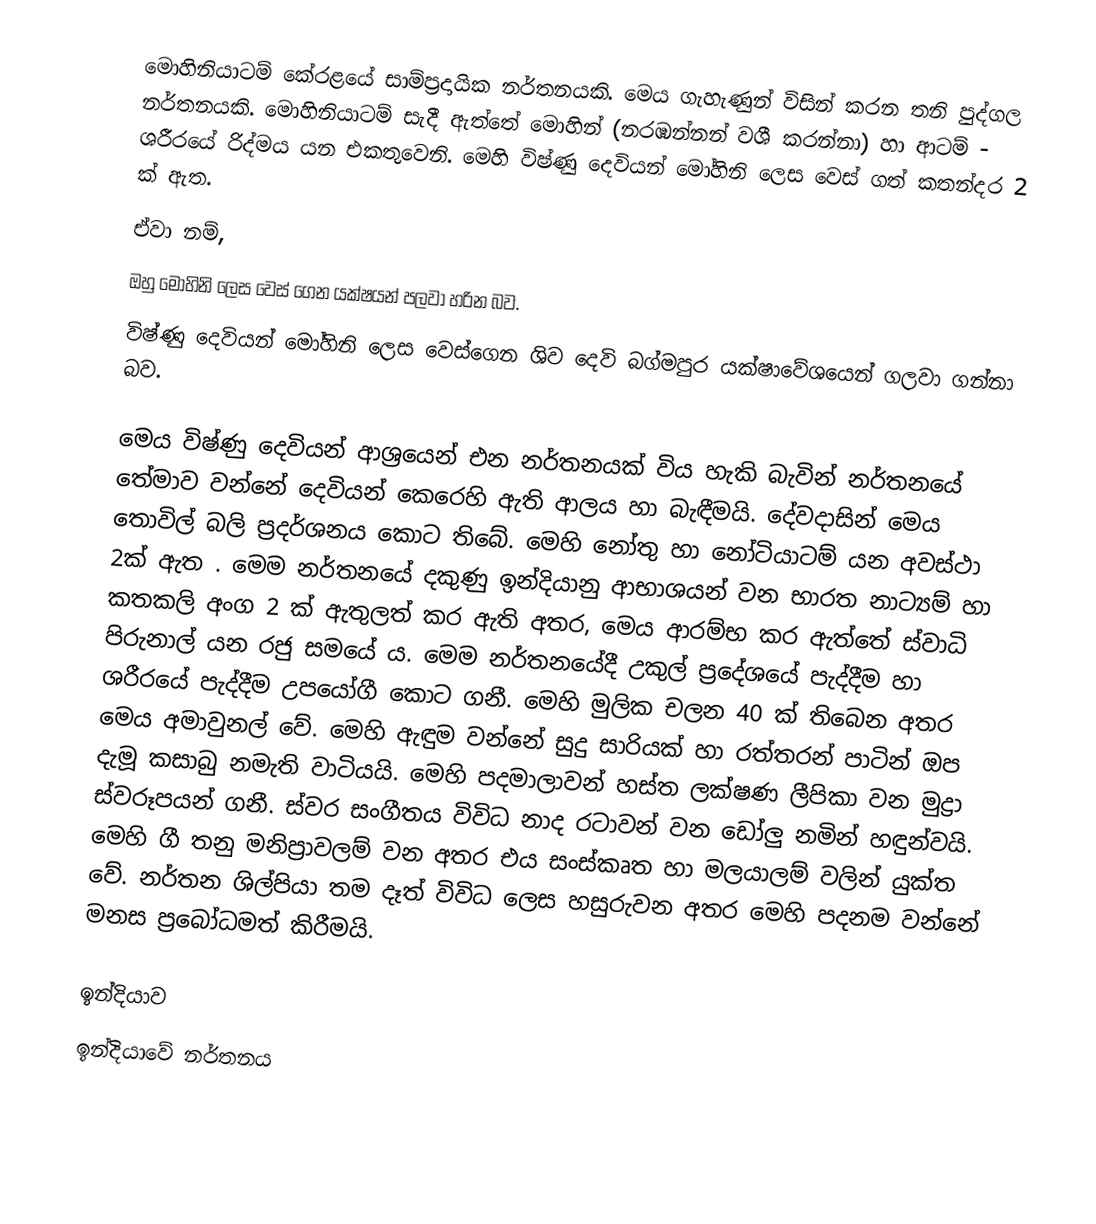
මොහිනියාටම් කේරළයේ සාම්ප්‍රදායික නර්තනයකි. මෙය ගැහැණුන් විසින් කරන තනි පුද්ගල නර්තනයකි. මොහිනියාටම් සැදී ඇත්තේ මොහින් (නරඹන්නන් වශී කරන්නා) හා ආටම් - ශරීරයේ රිද්මය යන එකතුවෙනි. මෙහි විෂ්ණු දෙවියන් මෝහිනි ලෙස වෙස් ගත් කතන්දර 2 ක් ඇත.
ඒවා නම්,
ඔහු මෝහිනි ලෙස වෙස් ගෙන යක්ෂයන් පලවා හරින බව.
විෂ්ණු දෙවියන් මෝහිනි ලෙස වෙස්ගෙන ශිව දෙවි බග්මපුර යක්ෂාවේශයෙන් ගලවා ගන්නා බව.

මෙය විෂ්ණු දෙවියන් ආශ්‍රයෙන් එන නර්තනයක් විය හැකි බැවින් නර්තනයේ තේමාව වන්නේ දෙවියන් කෙරෙහි ඇති ආලය හා බැඳීමයි. දේවදාසින් මෙය තොවිල් බලි ප්‍රදර්ශනය කොට තිබේ. මෙහි නෝතු හා නෝටියාටම් යන අවස්ථා 2ක් ඇත . මෙම නර්තනයේ දකුණු ඉන්දියානු ආභාශයන් වන භාරත නාට්‍යම් හා කතකලි අංග 2 ක් ඇතුලත් කර ඇති අතර, මෙය ආරම්භ කර ඇත්තේ ස්වාධි පිරුනාල් යන රජු සමයේ ය. මෙම නර්තනයේදී උකුල් ප්‍රදේශයේ පැද්දීම හා ශරීරයේ පැද්දීම උපයෝගී  කොට ගනී.  මෙහි මුලික චලන 40 ක් තිබෙන අතර මෙය  අමාවුනල් වේ. මෙහි ඇඳුම වන්නේ සුදු සාරියක් හා රත්තරන් පාටින් ඔප දැමූ කසාබු  නමැති වාටියයි. මෙහි පදමාලාවන් හස්ත ලක්ෂණ ලීපිකා වන මුද්‍රා ස්වරූපයන් ගනී.  ස්වර සංගීතය විවිධ නාද රටාවන් වන ඩෝලු නමින් හඳුන්වයි. මෙහි ගී තනු මනිප්‍රාවලම් වන අතර එය සංස්කෘත හා මලයාලම් වලින් යුක්ත වේ. නර්තන ශිල්පියා තම දෑත් විවිධ ලෙස හසුරුවන අතර මෙහි පදනම වන්නේ මනස ප්‍රබෝධමත් කිරීමයි.

ඉන්දියාව
ඉන්දියාවේ නර්තනය